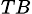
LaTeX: _{TB}